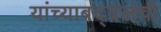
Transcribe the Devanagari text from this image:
यांच्याबद्दलची